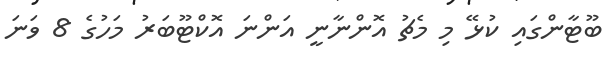
ބޫޓާންގައި ކުޅޭ މި މެޗު އޮންނާނީ އަންނަ އޮކްޓޫބަރު މަހުގެ 8 ވަނަ